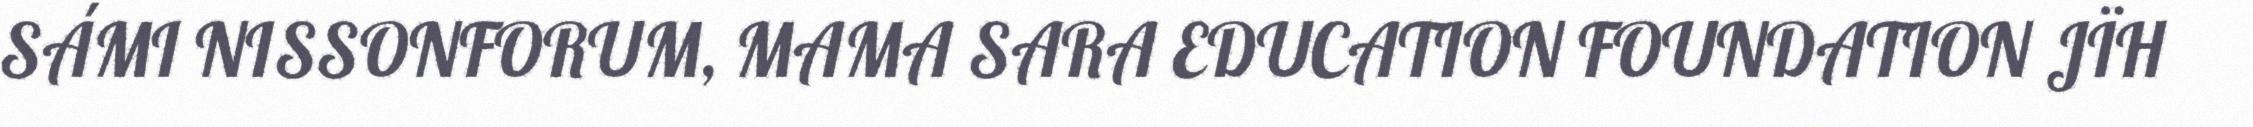
SÁMI NISSONFORUM, MAMA SARA EDUCATION FOUNDATION JÏH